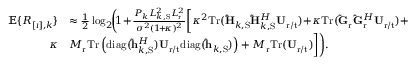
\begin{array} { r l } { \mathbb { E } \{ R _ { [ \imath ] , k } \} } & { \approx \frac { 1 } { 2 } \log _ { 2 } \! \! \bigg ( \! 1 \! + \! \frac { P _ { k } L _ { k , \mathrm { S } } ^ { 2 } L _ { \mathrm { r } } ^ { 2 } } { \sigma ^ { 2 } ( 1 \! + \! \kappa ) ^ { 2 } } \bigg [ \kappa ^ { 2 } \mathrm { T r } ( \mathbf { \hat { H } } _ { k , \mathrm { S } } \mathbf { \hat { H } } _ { k , \mathrm { S } } ^ { H } \mathbf { U } _ { \mathrm { r } / \mathrm { t } } ) \! + \! \kappa \mathrm { T r } ( \mathbf { \hat { G } } _ { \mathrm { r } } \mathbf { \hat { G } } _ { \mathrm { r } } ^ { H } \mathbf { U } _ { \mathrm { r } / \mathrm { t } } ) + } \\ { \kappa } & { M _ { \mathrm { r } } \mathrm { T r } \left( \mathrm { d i a g } ( \mathbf { \hat { h } } _ { k , \mathrm { S } } ^ { H } ) \mathbf { U } _ { \mathrm { r } / \mathrm { t } } \mathrm { d i a g } ( \mathbf { \hat { h } } _ { k , \mathrm { S } } ) \right) + M _ { \mathrm { r } } \mathrm { T r } ( \mathbf { U } _ { \mathrm { r } / \mathrm { t } } ) \bigg ] \bigg ) . } \end{array}